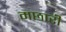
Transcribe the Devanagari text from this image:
मछारी